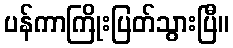
ပန်ကာကြိုးပြတ်သွားပြီ။